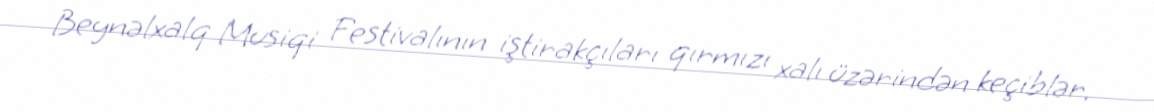
Beynəlxalq Musiqi Festivalının iştirakçıları qırmızı xalı üzərindən keçiblər.